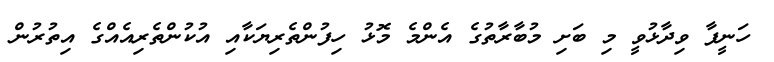
ހަނީފާ ވިދާޅުވީ މި ބަށި މުބާރާތުގެ އެންމެ މޮޅު ހިފުންތެރިޔަކާއި އުކުންތެރިއެއްގެ އިތުރުން